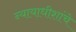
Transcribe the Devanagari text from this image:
न्यायाधीशांचे